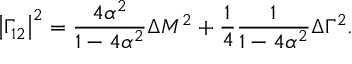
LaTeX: \left| \Gamma _ { 1 2 } \right| ^ { 2 } = \frac { 4 \alpha ^ { 2 } } { 1 - 4 \alpha ^ { 2 } } \Delta M ^ { 2 } + \frac { 1 } { 4 } \frac { 1 } { 1 - 4 \alpha ^ { 2 } } \Delta \Gamma ^ { 2 } .